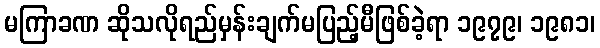
မကြာခဏ ဆိုသလိုရည်မှန်းချက်မပြည့်မီဖြစ်ခဲ့ရာ ၁၉၇၉၊ ၁၉၈၁၊